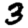
Digit: 3